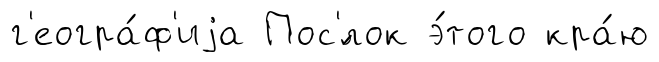
г'еогра́ф'иjа Пос'́лок э́того кра́ю